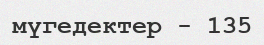
мүгедектер - 135